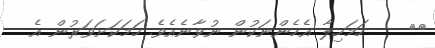
٥٤    ހަމަހިލާ އެހެންނަކުން ނުވާނެއެވެ. ހަމަކަށަވަރުން އެ